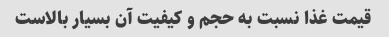
قیمت غذا نسبت به حجم و کیفیت آن بسیار بالاست